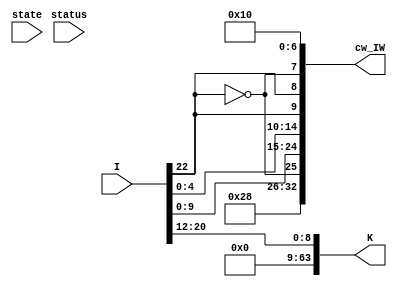
module D_decoder(I, state, status, cw_IW, K);

    input [31:0] I;
    input [1:0] state;
    input [4:0] status;

    wire [10:0] op;
    wire [8:0] zf_address;
    wire [1:0] op2;
    wire [4:0] Rn;
    wire [4:0] Rt;

    assign {op, zf_address, op2, Rn, Rt} = I;
    wire store_load = op[1]; // when op[1]=0, store, when 1 load
    wire bit_size_8_64 = op[10]; // when op[10]=0, 8bit, when 1 64bit NOT SUPPORTED ONLY 64bit WILL WORK


    // Control Word includes:
    // [1] Databus ALU Enable
    // [1] ALU B Select
    // [5] ALU Function Select
    // [1] Databus Register File B Enable
    // [5] Register File Select A
    // [5] Register File Select B
    // [5] Register File Write Address
    // [1] Register File Write
    // [1] Databus RAM Enable
    // [1] RAM Write
    // [1] Databus Program Counter Enable
    // [2] Program Counter Function Select
    // [1] Program Counter Input Select
    // [1] Status Load
    // [2] next_state
    // 33 in total
    output [32:0] cw_IW;
    output [63:0] K ;
    assign K = {55'b0,zf_address};

    wire alu_en = 1'b0; // ALU is disabled
    wire alu_bs = 1'b1; // K is selected for input to ALU

    // ALU FS[4:2]
    //   000   001   010   011   100   101  110 111
    // { and   or    add   xor   left right  0   0 }
    // ALU FS[1] ~b
    // ALU FS[0] ~a
    wire [4:0] alu_fs = 5'b010_00; // ALU adds A+K

    wire rf_b_en = ~store_load; // K should not be enabled on data bus
    wire [4:0] rf_sa = Rn; // A outputs zero register
    wire [4:0] rf_sb = Rt; // B register address don't care
    wire [4:0] rf_da = Rt;
    wire rf_w = store_load;
    wire ram_en = store_load; // enable ram
    wire ram_w = ~store_load;
    wire pc_en = 1'b0;
    wire [1:0] pc_fs = 2'b01; // PC+4
    wire pc_is = 1'b0; // pc in is don't care
    wire status_ld = 1'b0; // disable status load
    wire [1:0] next_state = 2'b00;

    assign cw_IW = {alu_en, alu_bs, alu_fs, rf_b_en, rf_sa, rf_sb, rf_da, rf_w, ram_en, ram_w, pc_en, pc_fs, pc_is, status_ld, next_state};

endmodule